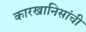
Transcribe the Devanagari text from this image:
कारखानिसांची